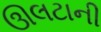
ઊલટાની